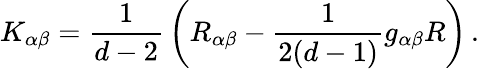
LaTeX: K_{\alpha\beta}=\frac{1}{d-2}\, \bigg(R_{\alpha\beta}-\frac{1}{2(d-1)}g_{\alpha\beta}R\bigg)\, .